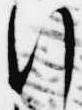
行